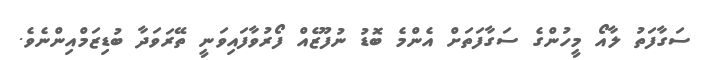
ސަގާފަތު ލާއޯ މީހުންގެ ސަގާފަތަށް އެންމެ ބޮޑު ނުފޫޒެއް ފޯރުވާފައިވަނީ ތޭރަވަދާ ބުޑިޒަމްއިންނެވެ.